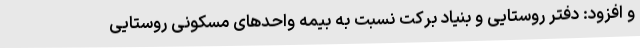
و افزود: دفتر روستایی و بنیاد برکت نسبت به بیمه واحدهای مسکونی روستایی